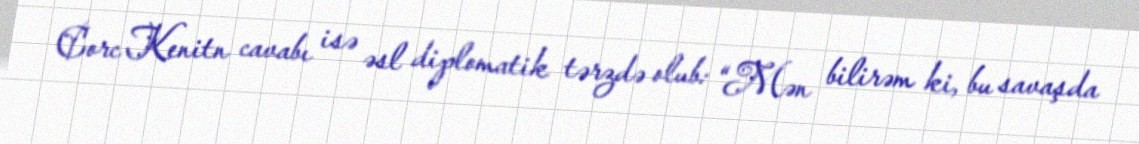
Corc Kenitn cavabı isə əsl diplomatik tərzdə olub: “Mən bilirəm ki, bu savaşda